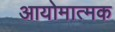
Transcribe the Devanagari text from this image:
आयोमात्मक